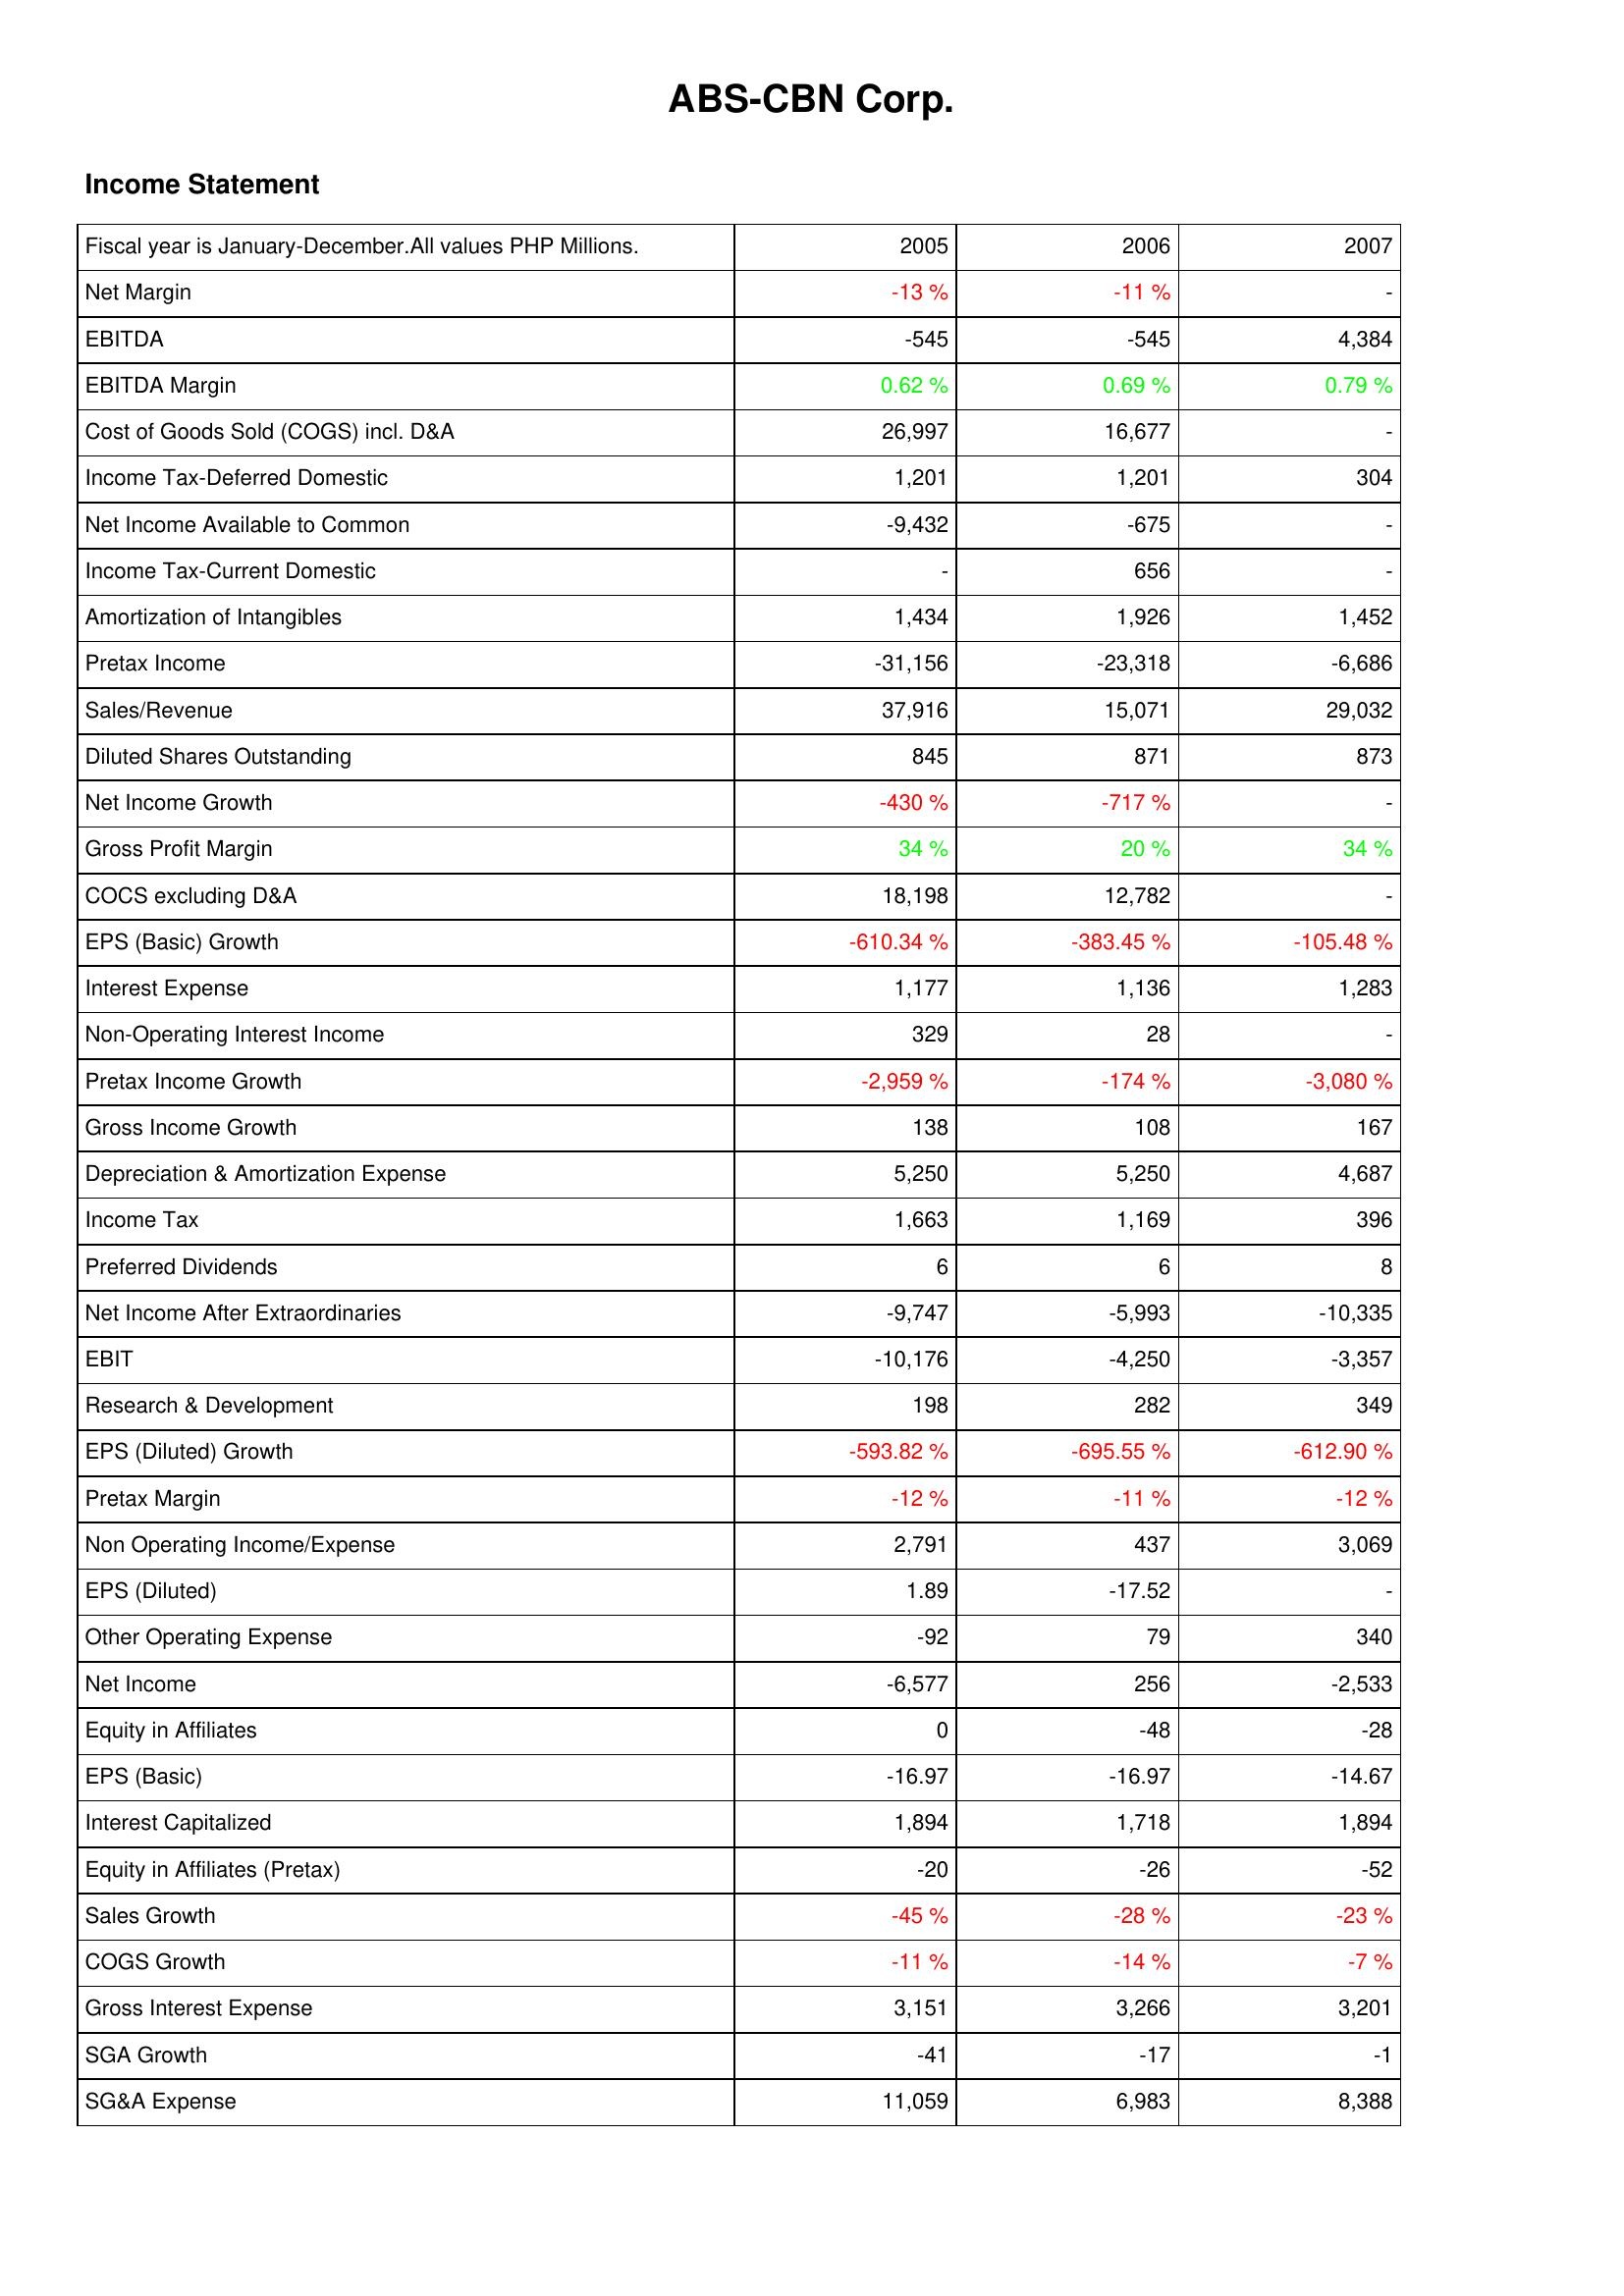
2005: Income Statement: Net Margin: -13 %
EBITDA: -545
EBITDA Margin: 0.62 %
Cost of Goods Sold (COGS) incl. D&A: 26,997
Income Tax-Deferred Domestic: 1,201
Net Income Available to Common: -9,432
Income Tax-Current Domestic: -
Amortization of Intangibles: 1,434
Pretax Income: -31,156
Sales/Revenue: 37,916
Diluted Shares Outstanding: 845
Net Income Growth: -430 %
Gross Profit Margin: 34 %
COCS excluding D&A: 18,198
EPS (Basic) Growth: -610.34 %
Interest Expense: 1,177
Non-Operating Interest Income: 329
Pretax Income Growth: -2,959 %
Gross Income Growth: 138
Depreciation & Amortization Expense: 5,250
Income Tax: 1,663
Preferred Dividends: 6
Net Income After Extraordinaries: -9,747
EBIT: -10,176
Research & Development: 198
EPS (Diluted) Growth: -593.82 %
Pretax Margin: -12 %
Non Operating Income/Expense: 2,791
EPS (Diluted): 1.89
Other Operating Expense: -92
Net Income: -6,577
Equity in Affiliates: 0
EPS (Basic): -16.97
Interest Capitalized: 1,894
Equity in Affiliates (Pretax): -20
Sales Growth: -45 %
COGS Growth: -11 %
Gross Interest Expense: 3,151
SGA Growth: -41
SG&A Expense: 11,059
2006: Income Statement: Net Margin: -11 %
EBITDA: -545
EBITDA Margin: 0.69 %
Cost of Goods Sold (COGS) incl. D&A: 16,677
Income Tax-Deferred Domestic: 1,201
Net Income Available to Common: -675
Income Tax-Current Domestic: 656
Amortization of Intangibles: 1,926
Pretax Income: -23,318
Sales/Revenue: 15,071
Diluted Shares Outstanding: 871
Net Income Growth: -717 %
Gross Profit Margin: 20 %
COCS excluding D&A: 12,782
EPS (Basic) Growth: -383.45 %
Interest Expense: 1,136
Non-Operating Interest Income: 28
Pretax Income Growth: -174 %
Gross Income Growth: 108
Depreciation & Amortization Expense: 5,250
Income Tax: 1,169
Preferred Dividends: 6
Net Income After Extraordinaries: -5,993
EBIT: -4,250
Research & Development: 282
EPS (Diluted) Growth: -695.55 %
Pretax Margin: -11 %
Non Operating Income/Expense: 437
EPS (Diluted): -17.52
Other Operating Expense: 79
Net Income: 256
Equity in Affiliates: -48
EPS (Basic): -16.97
Interest Capitalized: 1,718
Equity in Affiliates (Pretax): -26
Sales Growth: -28 %
COGS Growth: -14 %
Gross Interest Expense: 3,266
SGA Growth: -17
SG&A Expense: 6,983
2007: Income Statement: Net Margin: -
EBITDA: 4,384
EBITDA Margin: 0.79 %
Cost of Goods Sold (COGS) incl. D&A: -
Income Tax-Deferred Domestic: 304
Net Income Available to Common: -
Income Tax-Current Domestic: -
Amortization of Intangibles: 1,452
Pretax Income: -6,686
Sales/Revenue: 29,032
Diluted Shares Outstanding: 873
Net Income Growth: -
Gross Profit Margin: 34 %
COCS excluding D&A: -
EPS (Basic) Growth: -105.48 %
Interest Expense: 1,283
Non-Operating Interest Income: -
Pretax Income Growth: -3,080 %
Gross Income Growth: 167
Depreciation & Amortization Expense: 4,687
Income Tax: 396
Preferred Dividends: 8
Net Income After Extraordinaries: -10,335
EBIT: -3,357
Research & Development: 349
EPS (Diluted) Growth: -612.90 %
Pretax Margin: -12 %
Non Operating Income/Expense: 3,069
EPS (Diluted): -
Other Operating Expense: 340
Net Income: -2,533
Equity in Affiliates: -28
EPS (Basic): -14.67
Interest Capitalized: 1,894
Equity in Affiliates (Pretax): -52
Sales Growth: -23 %
COGS Growth: -7 %
Gross Interest Expense: 3,201
SGA Growth: -1
SG&A Expense: 8,388